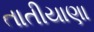
તાતીયાણા